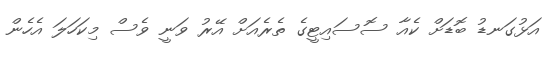
އަޅުގަނޑު ބޮޑަށް ކެއާ ސޮސައިޓީގެ ތެރެއަށް އޭރު ވަނީ ވެސް މިކަހަލަ އެހެން